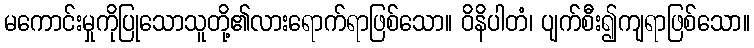
မကောင်းမှုကိုပြုသောသူတို့၏လားရောက်ရာဖြစ်သော။ ဝိနိပါတံ၊ ပျက်စီး၍ကျရာဖြစ်သော။